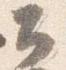
公